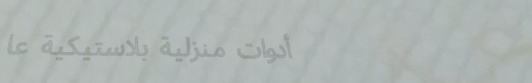
أدوات منزلية بلاستيكية عا